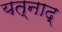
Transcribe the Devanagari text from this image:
यत्नाद्